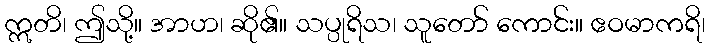
ဣတိ၊ ဤသို့။ အာဟ၊ ဆို၏။ သပ္ပုရိသ၊ သူတော် ကောင်း။ ဧဝမာကရိ၊